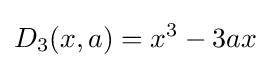
D_{3}(x,a)=x^{3}-3ax